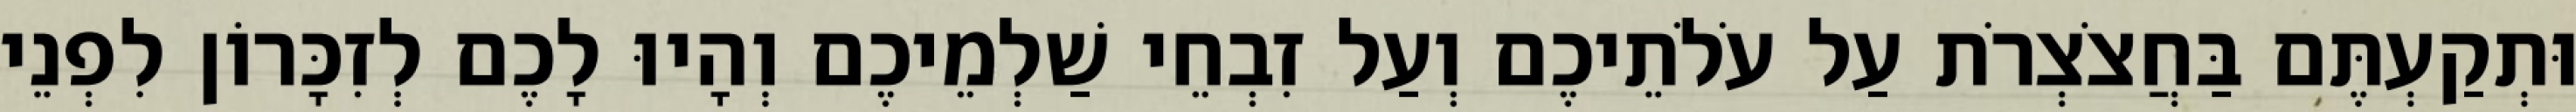
וּתְקַעְתֶּם בַּחֲצֹצְרֹת עַל עֹלֹתֵיכֶם וְעַל זִבְחֵי שַׁלְמֵיכֶם וְהָיוּ לָכֶם לְזִכָּרוֹן לִפְנֵי